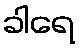
ခါရေ